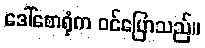
ဒေါ်စောရုံက ဝင်ပြောသည်။